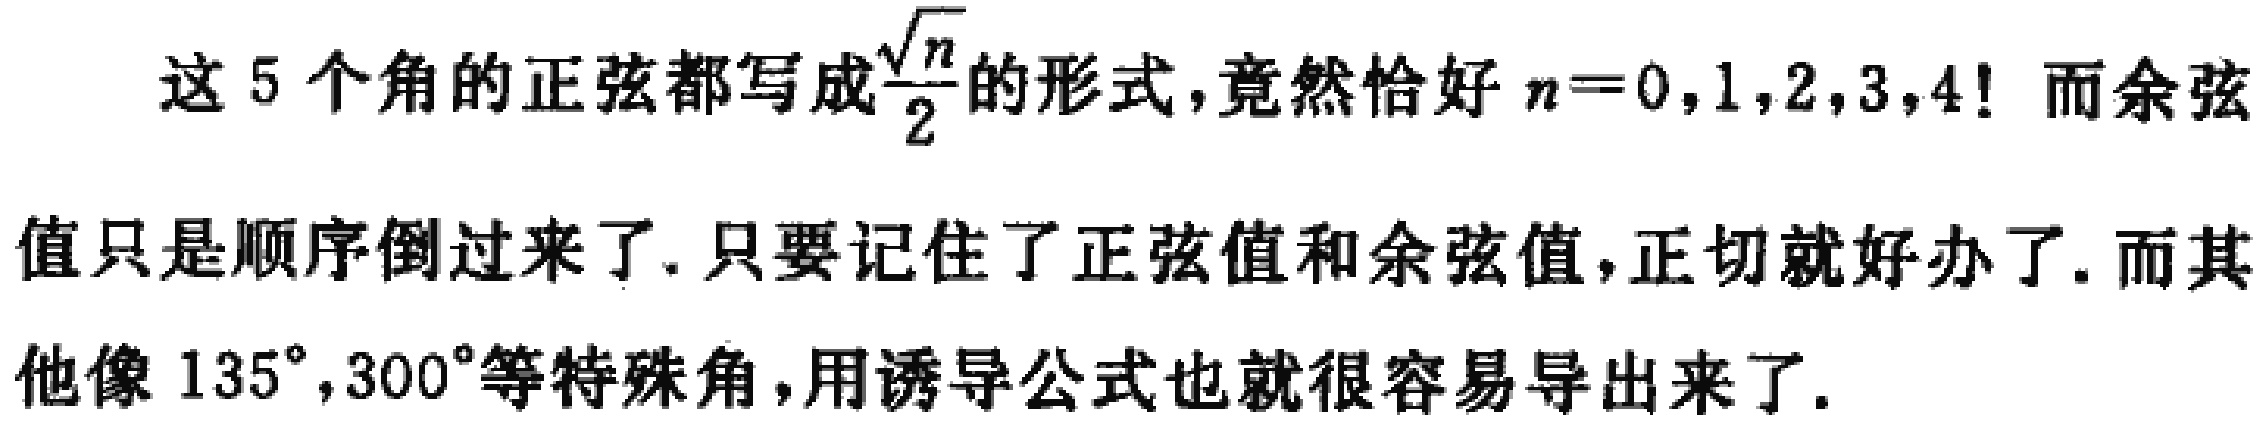
这5个角的正弦都写成$\frac{\sqrt{n}}{2}$的形式，竟然恰好$n = 0,1,2,3,4$！而余弦值只是顺序倒过来了. 只要记住了正弦值和余弦值，正切就好办了. 而其他像$135^{\circ},300^{\circ}$等特殊角，用诱导公式也就很容易导出来了.